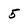
Character: 5